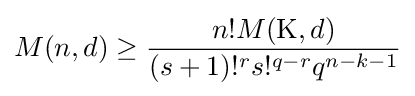
M(n,d)\geq {\frac {n!M(\mathrm {K} ,d)}{(s+1)!^{r}s!^{q-r}q^{n-k-1}}}